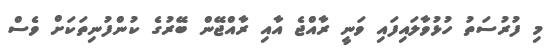
މި ފުރުސަތު ހުޅުވާލައިފައި ވަނީ ރާއްޖެ އާއި ރާއްޖޭން ބޭރުގެ ކުންފުނިތަކަށް ވެސް